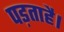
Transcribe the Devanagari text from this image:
पड़ताहै।